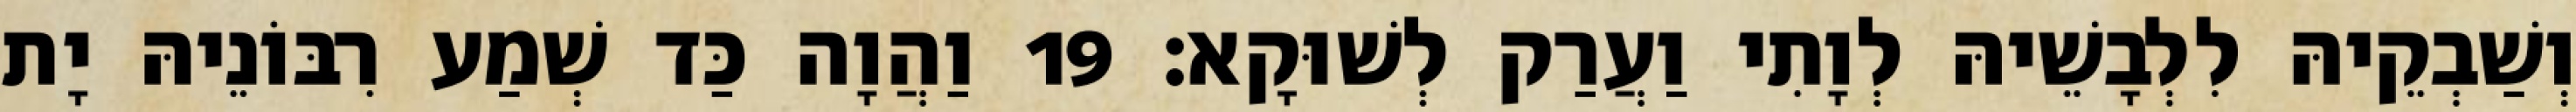
וְשַׁבְקֵיהּ לִלְבָשֵׁיהּ לְוָתִי וַעֲרַק לְשׁוּקָא׃ 19 וַהֲוָה כַּד שְׁמַע רִבּוֹנֵיהּ יָת